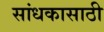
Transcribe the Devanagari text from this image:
सांधकासाठी